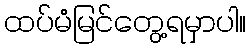
ထပ်မံမြင်တွေ့ရမှာပါ။